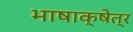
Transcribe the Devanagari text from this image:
भाषाक्षेत्र